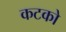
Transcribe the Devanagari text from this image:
कटको